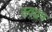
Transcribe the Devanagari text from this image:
स्वद्वप